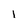
Character: 1